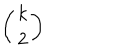
\left( \begin{array} { c } { { k } } \\ { { 2 } } \\ \end{array} \right)